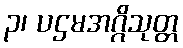
၃၊ ပဌမအဂ္ဂိသုတ္တ